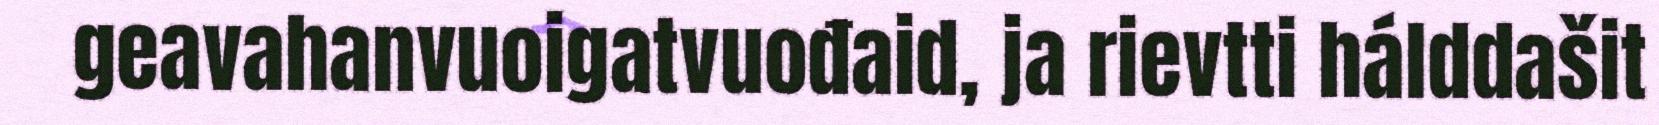
geavahanvuoigatvuođaid, ja rievtti hálddašit